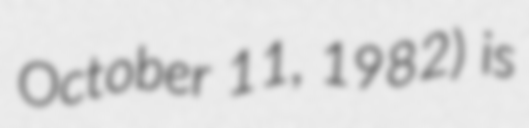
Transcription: October 11, 1982) is